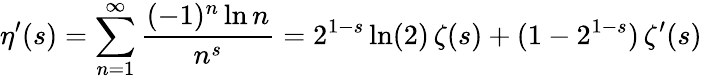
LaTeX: \eta^{\prime}(s)=\sum_{n=1}^{\infty}{\frac{(-1)^{n}\ln n}{n^{s}}}=2^{1-s}\ln(2)\, \zeta(s)+(1-2^{1-s})\, \zeta^{\prime}(s)